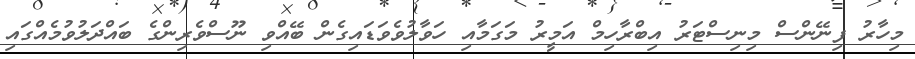
މިހާރު ފިނޭންސް މިނިސްޓަރު އިބްރާހިމް އަމީރު މަގަމާއި ހަވާލުވެވަޑައިގެން ބޭއްވި ނޫސްވެރިންގެ ބައްދަލުވުމެއްގައި